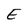
Character: E